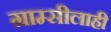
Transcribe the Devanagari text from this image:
ग्राम्सीलाही